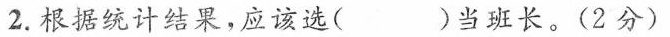
2.根据统计结果，应该选()当班长。(2分)